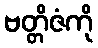
ဗတ္တိဇံကို